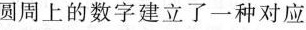
圆周上的数字建立了一种对应